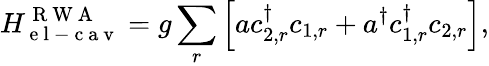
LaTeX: H_{\mathrm{~e~l~-~c~a~v~}}^{\mathrm{~R~W~A~}}=g\sum_{r}\left[ac_{2,r}^{\dagger}c_{1,r}+a^{\dagger}c_{1,r}^{\dagger}c_{2,r}\right],